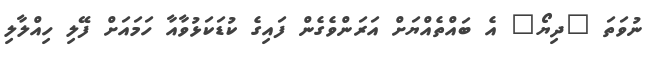
ނުވަތަ "ދިޔޯ" އެ ބައްތެއްޔަށް އަރަންވެގެން ފައިގެ ކުޑަކަޅުވާއާ ހަމައަށް ފޭލި ހިއްލާލި